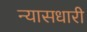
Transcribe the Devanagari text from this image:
न्यासधारी